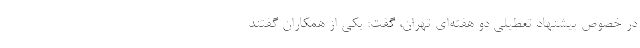
در خصوص پیشنهاد تعطیلی دو هفته‌ای تهران، گفت: یکی از همکاران گفتند